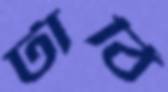
টাঠি